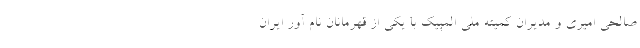
صالحی امیری و مدیران کمیته ملی المپیک با یکی از قهرمانان نام آور ایران